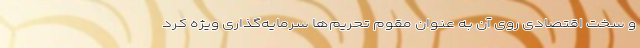
و سخت اقتصادی روی آن به عنوان مقوم تحریم‌ها سرمایه‌گذاری ویژه کرد